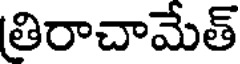
త్రిరాచామేత్